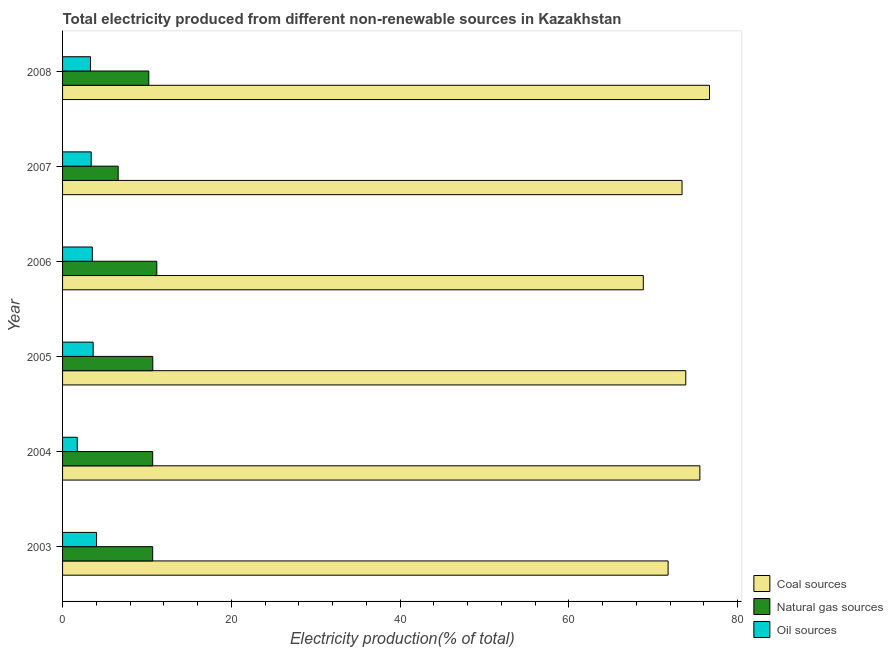
| Year | Coal sources | Natural gas sources | Oil sources |
 | --- | --- | --- | --- |
 | 2003 | 71.8 | 10.7 | 4.03 |
 | 2004 | 75.5 | 10.7 | 1.74 |
 | 2005 | 73.9 | 10.7 | 3.63 |
 | 2006 | 68.8 | 11.2 | 3.53 |
 | 2007 | 73.4 | 6.59 | 3.39 |
 | 2008 | 76.7 | 10.2 | 3.31 |